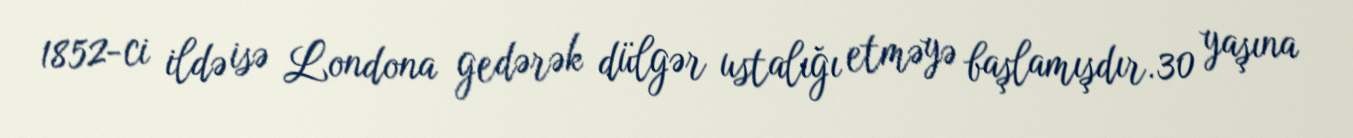
1852-ci ildə isə Londona gedərək dülgər ustalığı etməyə başlamışdır.30 yaşına